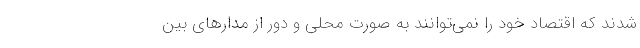
شدند که اقتصاد خود را نمی­توانند به صورت محلی و دور از مدارهای بین­